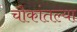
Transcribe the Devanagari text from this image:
चौकांतल्या